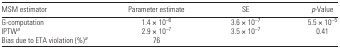
<table><thead><tr><td><b>MSM estimator</b></td><td><b>Parameter estimate</b></td><td><b>SE</b></td><td><b><i>p</i>-Value</b></td></tr></thead><tbody><tr><td>G-computation</td><td>1.4 × 10<sup>−6</sup></td><td>3.6 × 10<sup>−7</sup></td><td>5.5 × 10<sup>−5</sup></td></tr><tr><td>IPTWa</td><td>2.9 × 10<sup>−7</sup></td><td>3.5 × 10<sup>−7</sup></td><td>0.41</td></tr><tr><td>Bias due to ETA violation (%)a</td><td>76</td><td></td><td></td></tr></tbody></table>